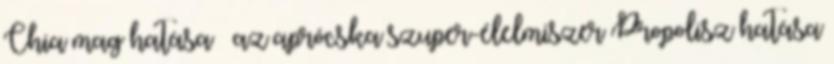
Chia mag hatása – az aprócska szuper-élelmiszer Propolisz hatása